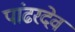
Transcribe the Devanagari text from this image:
पांढरदेव